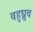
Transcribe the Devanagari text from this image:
बहुध्रुव